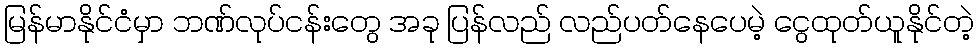
မြန်မာနိုင်ငံမှာ ဘဏ်လုပ်ငန်းတွေ အခု ပြန်လည် လည်ပတ်နေပေမဲ့ ငွေထုတ်ယူနိုင်တဲ့